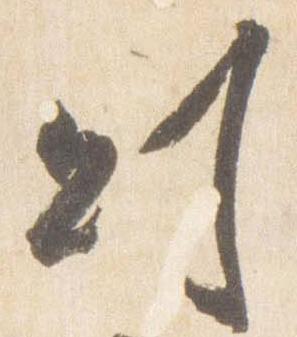
則